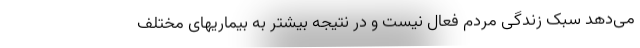
می‌دهد سبک زندگی مردم فعال نیست و در نتیجه بیشتر به بیماریهای مختلف